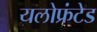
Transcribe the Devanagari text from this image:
यलोफ्रंटेड